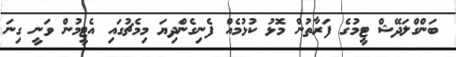
ބަންގްލަދޭޝް ޓީމުގެ ފަރާތުން މޮޅު ކުޅުމެއް ފެނިގެންދިޔަ މިމެޗުގައި އެޓީމުން ވަނީ ގިނަ